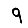
Digit: 9